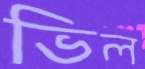
ভিল